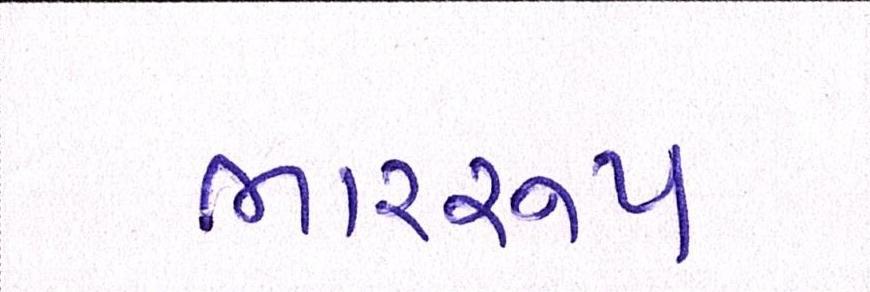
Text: ભારરૂપ